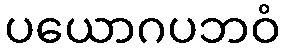
ပယောဂပဘဝံ